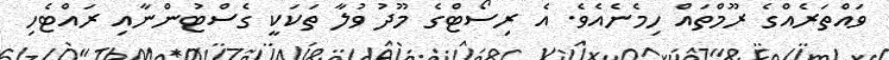
ވައްތަރެއްގެ ރޫމްތައް ހިމެނެއެވެ. އެ ރިސޯޓްގެ މޫދު ވުލާ ތަކަކީ ގެސްޓުންނާއި ރައްޓެހި